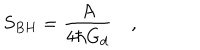
S _ { B H } = { \frac { A } { 4 \hbar G _ { d } } } \quad ,